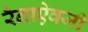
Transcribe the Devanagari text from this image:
रैनाऐवजी